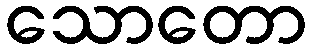
သောတော